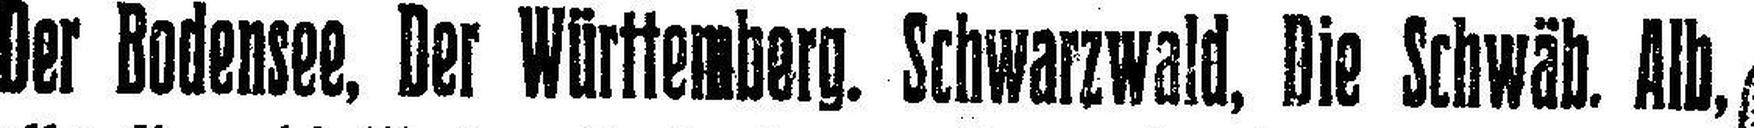
Der Bodensee, Der Württemberg. Schwarzwald, Die Schwäb. Alb,